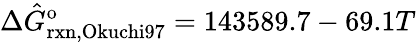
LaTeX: \Delta\hat{G}_{\mathrm{rxn,Okuchi97}}^{\mathrm{o}}=143589.7-69.1T